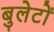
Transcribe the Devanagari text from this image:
बुलेटों